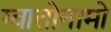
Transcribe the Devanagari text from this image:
ग्वातोनामो